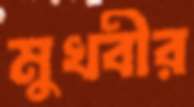
মুখবীর